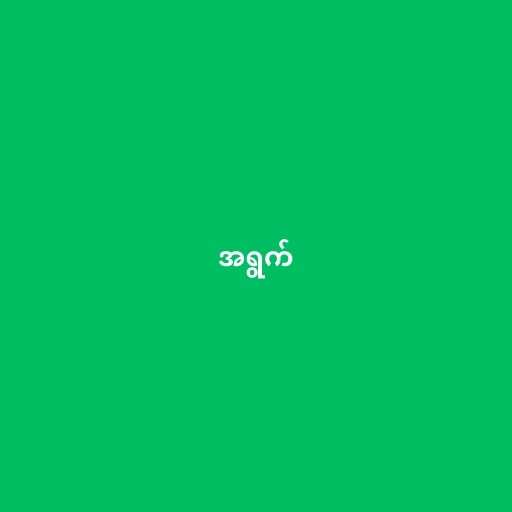
အရွက်